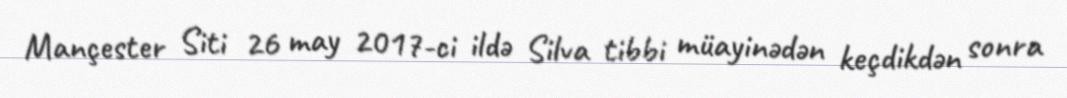
Mançester Siti 26 may 2017-ci ildə Silva tibbi müayinədən keçdikdən sonra